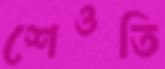
শেওতি